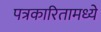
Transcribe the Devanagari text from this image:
पत्रकारितामध्ये